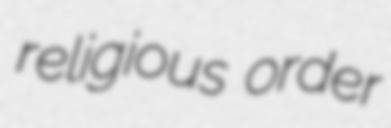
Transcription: religious order